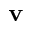
\mathbf { v }